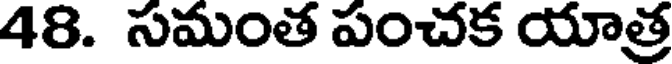
48. సమంత పంచక యాత్ర